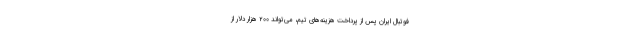
فوتبال ایران پس از پرداخت هزینه‌های تیم، می‌تواند ۲۰۰ هزار دلار از